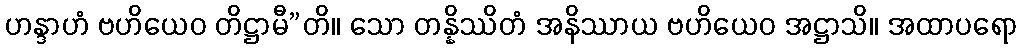
ဟန္ဒာဟံ ဗဟိယေဝ တိဋ္ဌာမီ”တိ။ သော တန္နိဿိတံ အနိဿာယ ဗဟိယေဝ အဋ္ဌာသိ။ အထာပရော